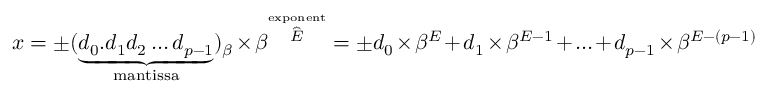
x = \pm ( \underbrace { d _ { 0 } . d _ { 1 } d _ { 2 } \ldots d _ { p - 1 } } _ { \mathrm { m a n t i s s a } } ) _ { \beta } \times \beta ^ { \overbrace { E } ^ { \mathrm { e x p o n e n t } } } = \pm d _ { 0 } \times \beta ^ { E } + d _ { 1 } \times \beta ^ { E - 1 } + \ldots + d _ { p - 1 } \times \beta ^ { E - ( p - 1 ) }